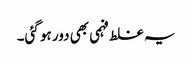
یہ غلط فہمی بھی دور ہو گئی۔